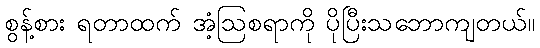
စွန့်စား ရတာထက် အံ့ဩစရာကို ပိုပြီးသဘောကျတယ်။